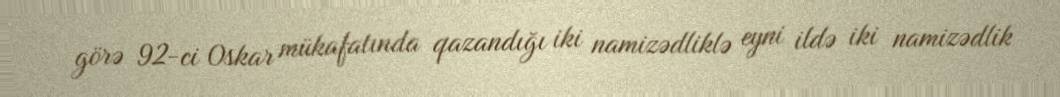
görə 92-ci Oskar mükafatında qazandığı iki namizədliklə eyni ildə iki namizədlik